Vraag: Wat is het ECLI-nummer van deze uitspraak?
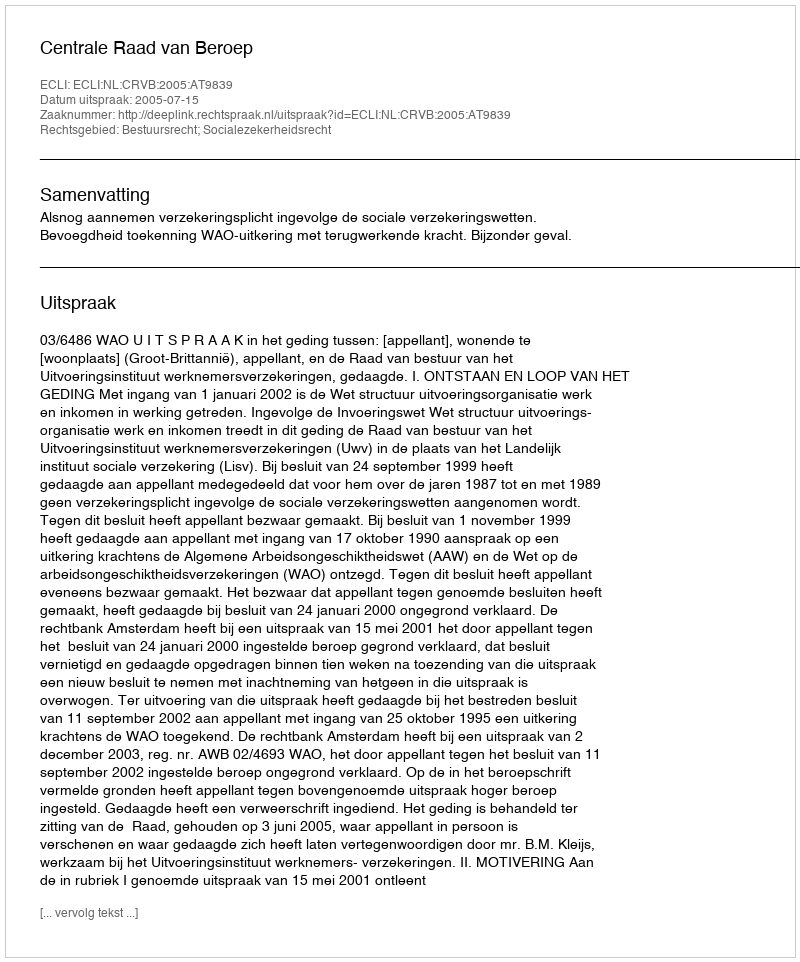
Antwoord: ECLI:NL:CRVB:2005:AT9839